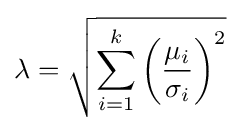
\lambda ={\sqrt {\sum _{i=1}^{k}\left({\frac {\mu _{i}}{\sigma _{i}}}\right)^{2}}}